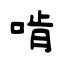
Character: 啃